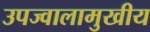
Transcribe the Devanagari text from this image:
उपज्वालामुखीय